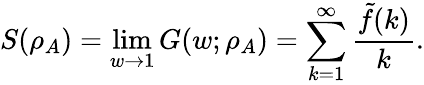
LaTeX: S(\rho_{A})=\operatorname*{lim}_{w\to 1}G(w;\rho_{A})=\sum_{k=1}^{\infty}\frac{\tilde{f}(k)}{k}.